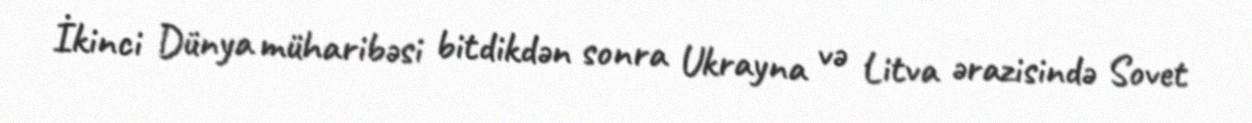
İkinci Dünya müharibəsi bitdikdən sonra Ukrayna və Litva ərazisində Sovet